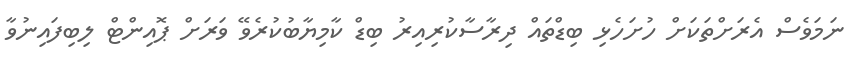
ނަމަވެސް އެރަށްތަކަށް ހުށަހެޅި ބިޑްތައް ދިރާސާކުރިއިރު ބިޑް ކާމިޔާބުކުރެވޭ ވަރަށް ޕޮއިންޓް ލިބިފައިނުވާ